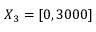
X _ { 3 } = [ 0 , 3 0 0 0 ]